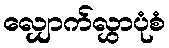
လျှောက်လွှာပုံစံ